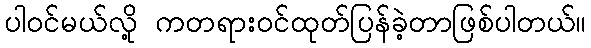
ပါဝင်မယ်လို့ ကတရားဝင်ထုတ်ပြန်ခဲ့တာဖြစ်ပါတယ်။